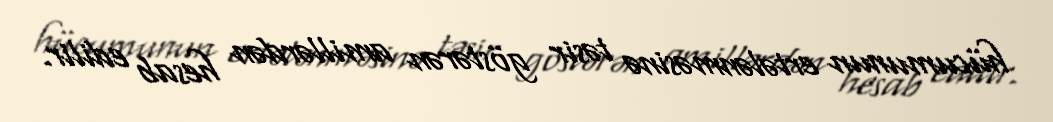
hücumunun ertələnməsinə təsir göstərən amillərdən hesab edilir.